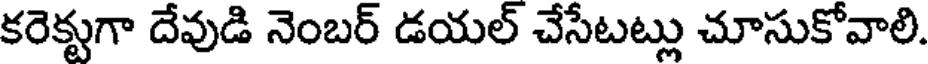
కరెక్టుగా దేవుడి నెంబర్ డయల్ చేసేటట్లు చూసుకోవాలి.